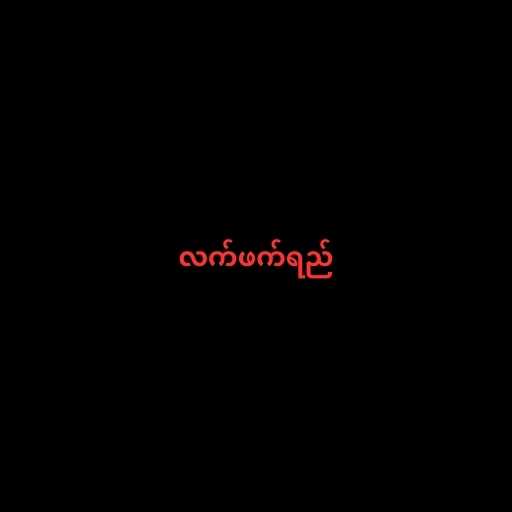
လက်ဖက်ရည်